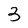
Character: 3